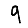
Digit: 9